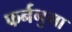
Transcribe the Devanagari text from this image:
फर्ननुमा